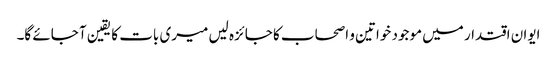
ایوان اقتدار میں موجود خواتین و اصحاب کا جائزہ لیں میری بات کا یقین آ جائے گا۔